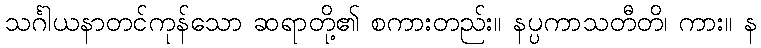
သင်္ဂါယနာတင်ကုန်သော ဆရာတို့၏ စကားတည်း။ နပ္ပကာသတီတိ၊ ကား။ န